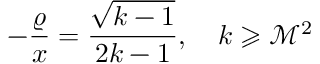
- \frac { \varrho } { x } = \frac { \sqrt { k - 1 } } { 2 k - 1 } , ~ ~ ~ k \geqslant \mathcal { M } ^ { 2 }